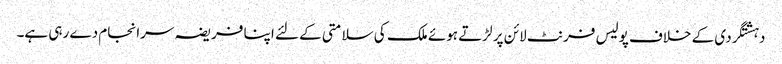
دہشتگردی کے خلاف پولیس فرنٹ لائن پر لڑتے ہوئے ملک کی سلامتی کے لئے اپنا فریضہ سرانجام دے رہی ہے۔